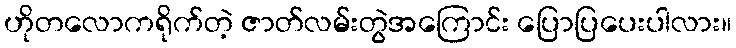
ဟိုတလောကရိုက်တဲ့ ဇာတ်လမ်းတွဲအကြောင်း ပြောပြပေးပါလား။